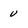
Character: u